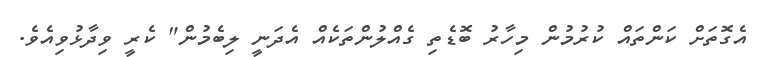
އެގޮތަށް ކަންތައް ކުރުމުން މިހާރު ބޮޑެތި ގެއްލުންތަކެއް އެދަނީ ލިބެމުން" ކެރީ ވިދާޅުވިއެވެ.